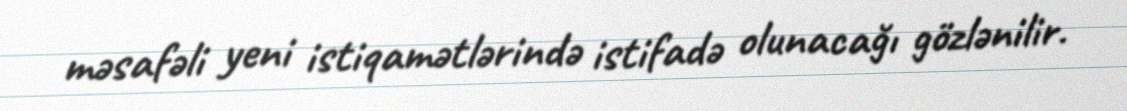
məsafəli yeni istiqamətlərində istifadə olunacağı gözlənilir.